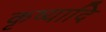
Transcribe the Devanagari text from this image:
कृष्यादि